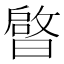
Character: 𭨠